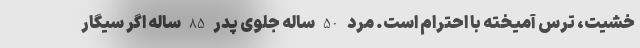
خشیت، ترس آمیخته با احترام است. مرد 50 ساله جلوی پدر 85 ساله اگر سیگار